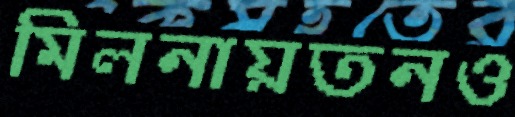
মিলনায়তনও